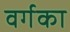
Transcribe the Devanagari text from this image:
वर्गका